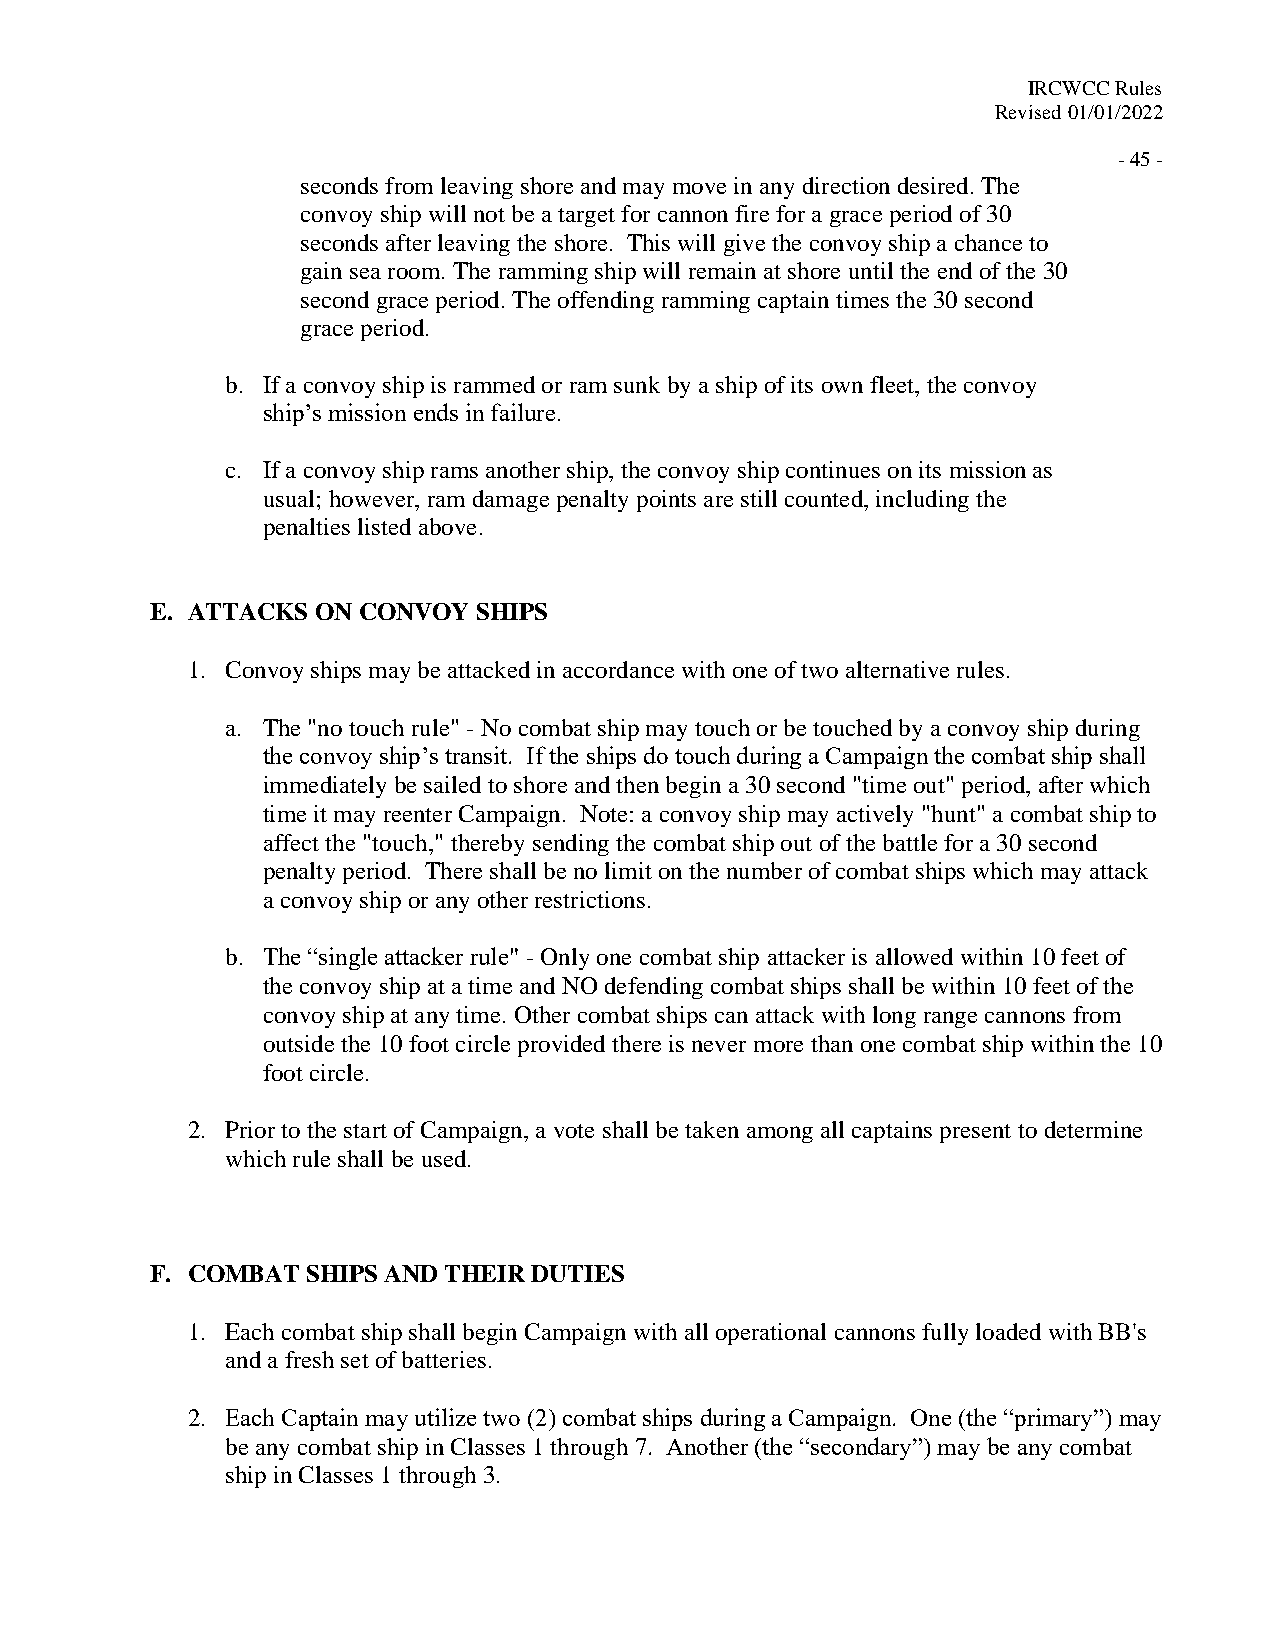
IRCWCC Rules
 Revised 01/01/2022
 - 45 -
 seconds from leaving shore and may move in any direction desired. The
 convoy ship will not be a target for cannon fire for a grace period of 30
 seconds after leaving the shore. This will give the convoy ship a chance to
 gain sea room. The ramming ship will remain at shore until the end of the 30
 second grace period. The offending ramming captain times the 30 second
 grace period.
 b. If a convoy ship is rammed or ram sunk by a ship of its own fleet, the convoy
 ship’s mission ends in failure.
 c. If a convoy ship rams another ship, the convoy ship continues on its mission as
 usual; however, ram damage penalty points are still counted, including the
 penalties listed above.
 E. ATTACKS ON CONVOY SHIPS
 1. Convoy ships may be attacked in accordance with one of two alternative rules.
 a. The "no touch rule" - No combat ship may touch or be touched by a convoy ship during
 the convoy ship’s transit. If the ships do touch during a Campaign the combat ship shall
 immediately be sailed to shore and then begin a 30 second "time out" period, after which
 time it may reenter Campaign. Note: a convoy ship may actively "hunt" a combat ship to
 affect the "touch," thereby sending the combat ship out of the battle for a 30 second
 penalty period. There shall be no limit on the number of combat ships which may attack
 a convoy ship or any other restrictions.
 b. The “single attacker rule" - Only one combat ship attacker is allowed within 10 feet of
 the convoy ship at a time and NO defending combat ships shall be within 10 feet of the
 convoy ship at any time. Other combat ships can attack with long range cannons from
 outside the 10 foot circle provided there is never more than one combat ship within the 10
 foot circle.
 2. Prior to the start of Campaign, a vote shall be taken among all captains present to determine
 which rule shall be used.
 F. COMBAT SHIPS AND THEIR DUTIES
 1. Each combat ship shall begin Campaign with all operational cannons fully loaded with BB's
 and a fresh set of batteries.
 2. Each Captain may utilize two (2) combat ships during a Campaign. One (the “primary”) may
 be any combat ship in Classes 1 through 7. Another (the “secondary”) may be any combat
 ship in Classes 1 through 3.